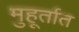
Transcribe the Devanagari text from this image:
मुहूर्तात